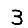
Digit: 3